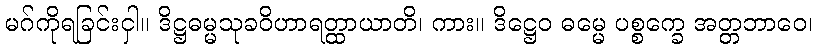
မဂ်ကိုရခြင်းငှါ။ ဒိဋ္ဌဓမ္မသုခဝိဟာရတ္ထာယာတိ၊ ကား။ ဒိဋ္ဌေဝ ဓမ္မေ ပစ္စက္ခေ အတ္တဘာဝေ၊